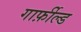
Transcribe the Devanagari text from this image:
गार्फ़ील्ड